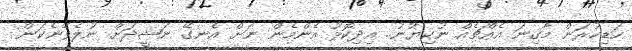
ހަޑިކުރަން މާގިނަ އެއްޗެއް ނުކިޔުނު.. އިދިކޮޅު އެންމެން ނަށް އެނގޭ ނަޝީދަށް ނުލެވޭނެކަން